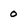
Character: 0